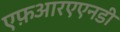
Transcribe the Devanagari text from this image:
एफ़आरएएनडी